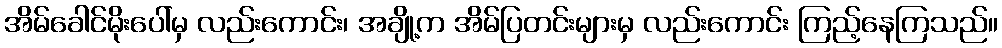
အိမ်ခေါင်မိုးပေါ်မှ လည်းကောင်း၊ အချို့က အိမ်ပြတင်းများမှ လည်းကောင်း ကြည့်နေကြသည်။